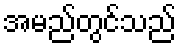
အမည်တွင်သည်